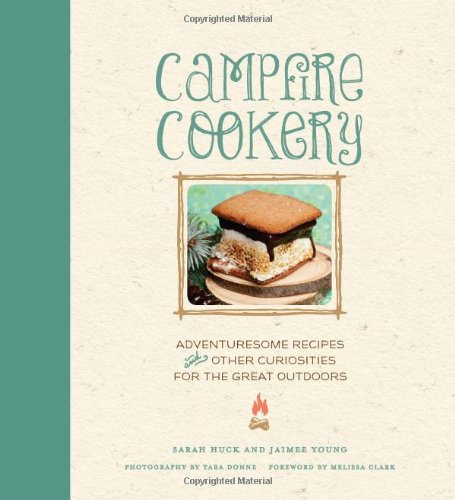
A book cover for Campfire Cookery: Adventuresome Recipes and Other Curiosities for the Great Outdoors; Sarah Huck; Cookbooks, Food & Wine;